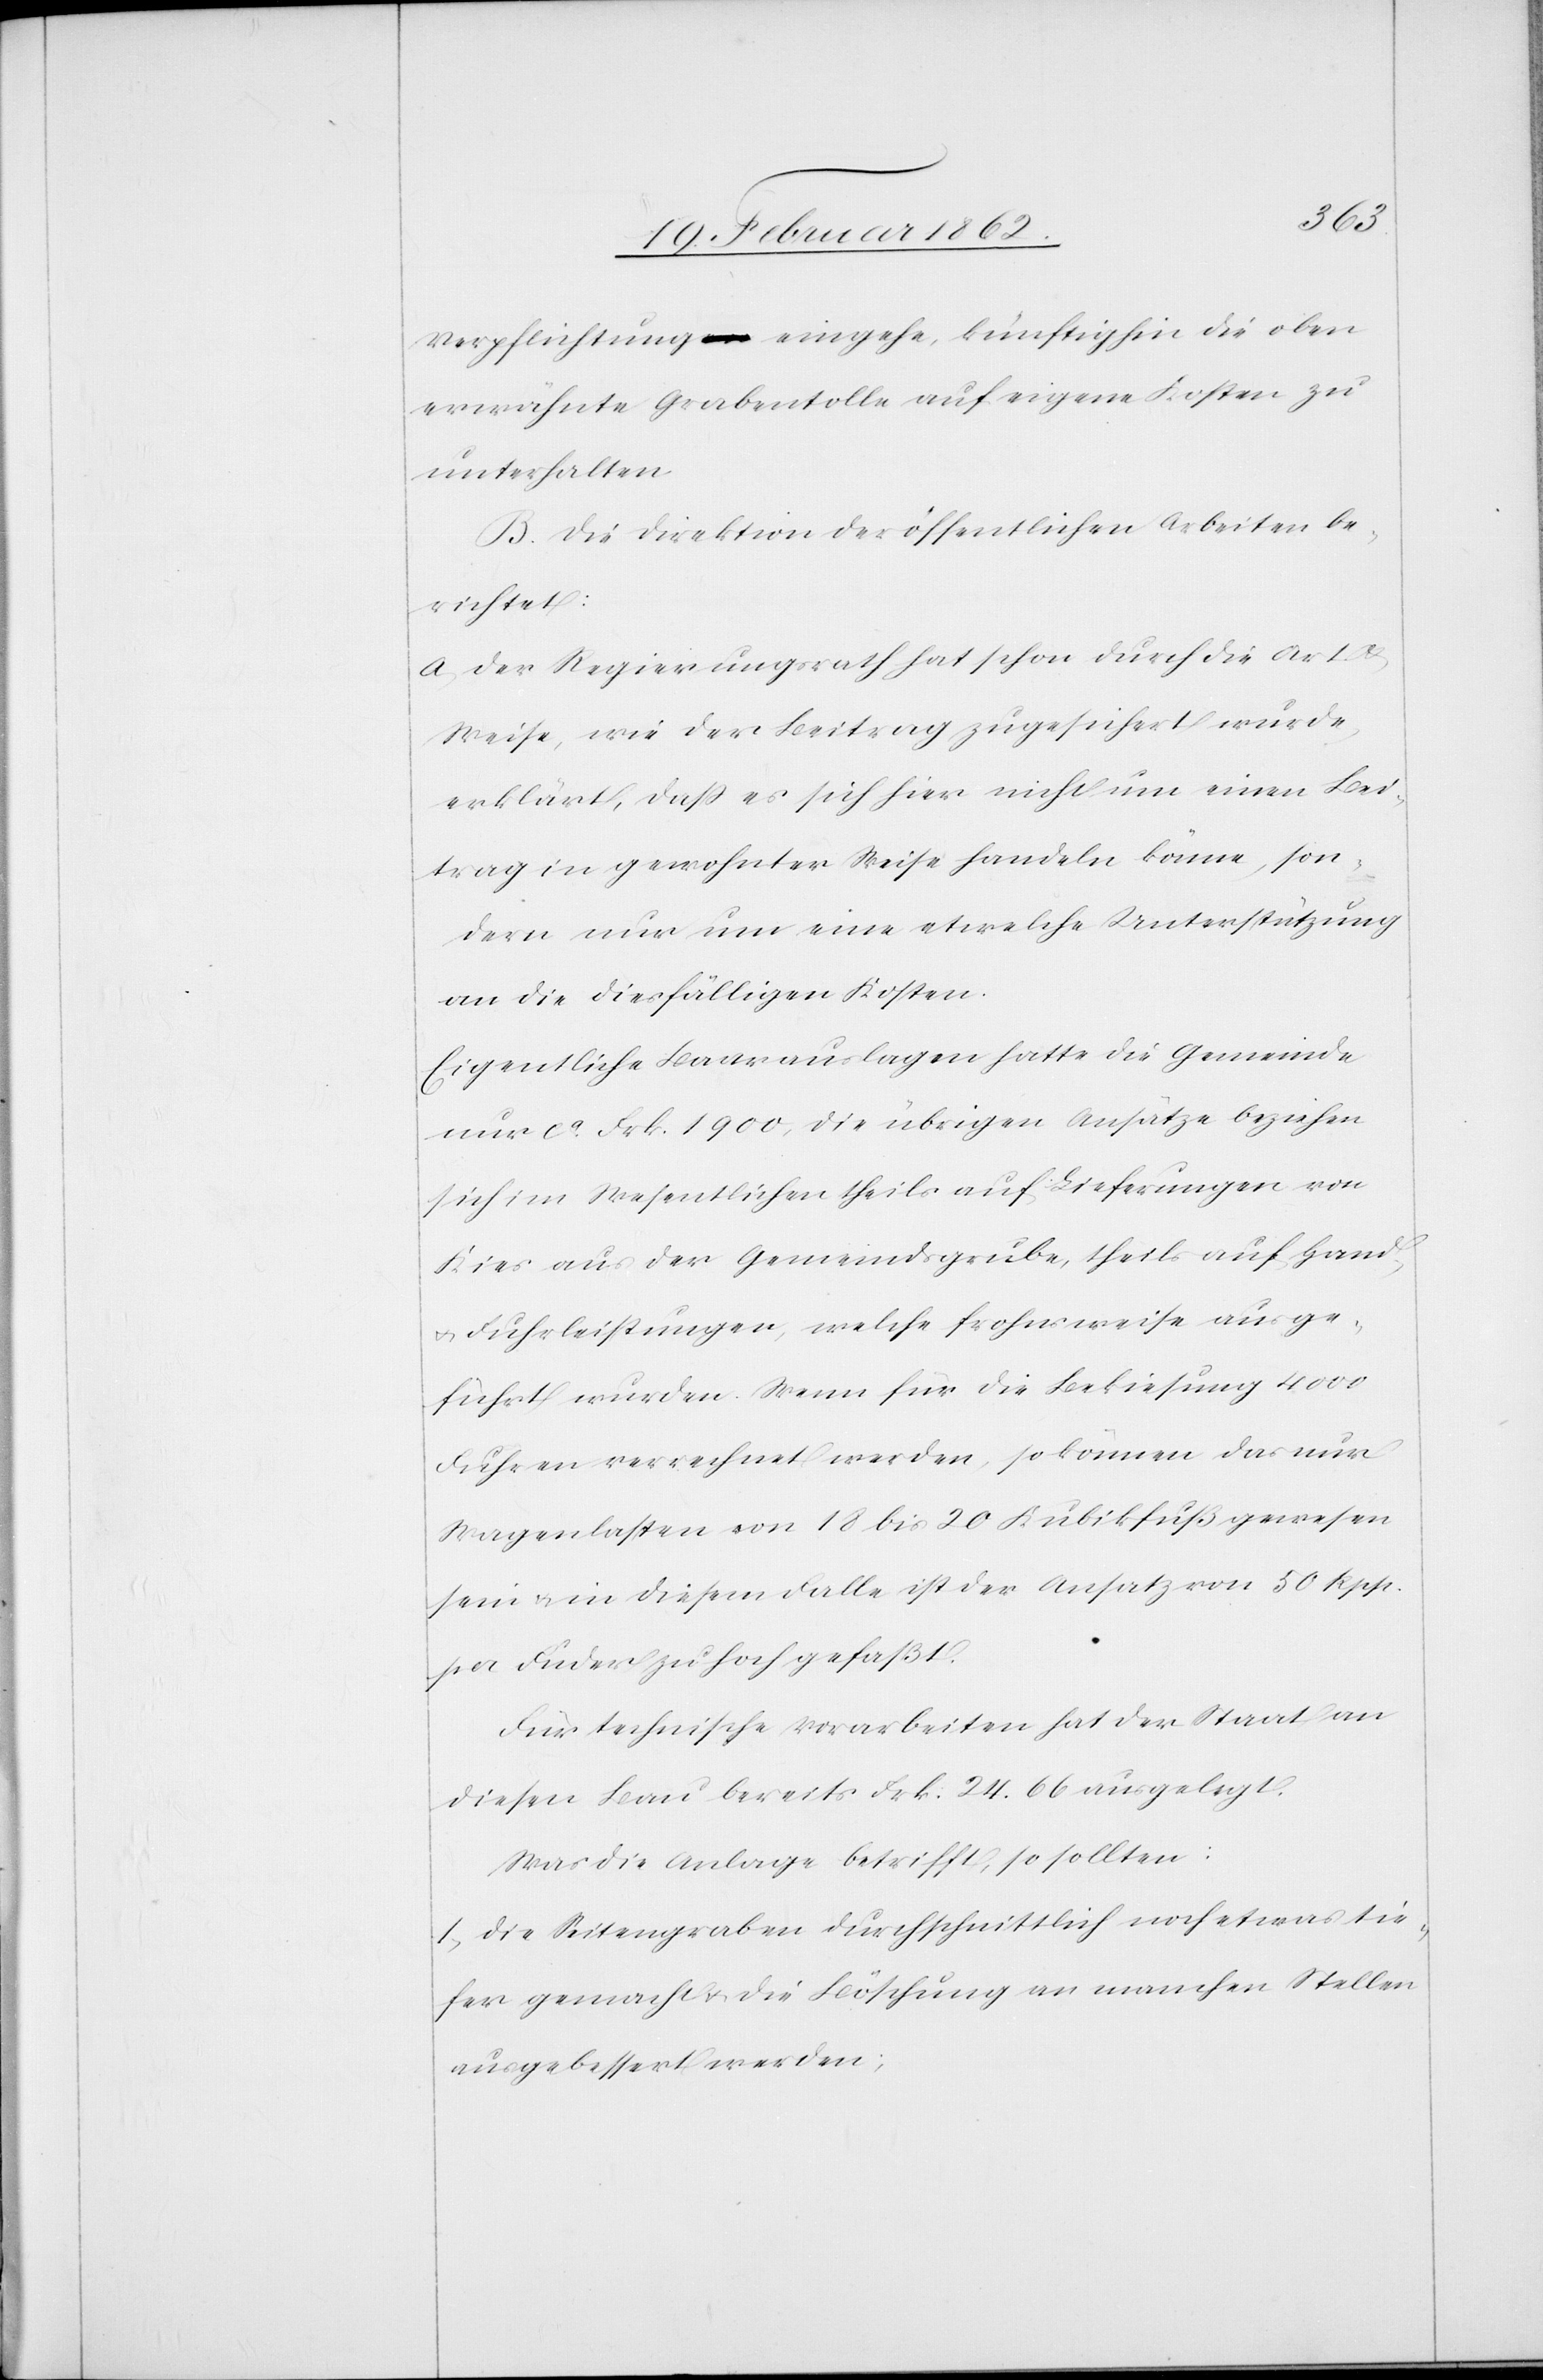
Verpflichtung eingehe, künftighin die oben
erwähnte Grabentolle auf eigene Kosten zu
unterhalten.
B. Die Direktion der öffentlichen Arbeiten be¬
richtet:
a) der Regierungsrath hat schon durch die Art &
Weise, wie der Beitrag zugesichert wurde,
erklärt, daß es sich hier nicht um einen Bei¬
trag in gewohnter Weise handeln könne, son¬
dern nur um eine etwelche Unterstützung
an die diesfälligen Kosten.
Eigentliche Baarauslagen hatte die Gemeinde
nur ca. Frk. 1900, die übrigen Ansätze beziehen
sich im Wesentlichen theils auf Lieferungen von
Kies aus der Gemeindsgrube, theils auf Hand-
u. Fuhrleistungen, welche frohnsweise ausge¬
führt wurden. Wenn für die Bekiesung 4000
Fuhren verrechnet werden, so können das nur
Wagenkasten von 18 bis 20 Kubikfuß gewesen
sein u. in diesem Falle ist der Ansatz von 50 Rpp.
per Fuder zu hoch gefaßt.
Für technische Vorarbeiten hat der Staat an
diesen Bau bereits Frk. 24.66 ausgelegt.
Was die Anlage betrifft, so sollten:
1) die Seitengraben durchschnittlich noch etwas tie¬
fer gemacht u. die Böschung an manchen Stellen
ausgebessert werden;